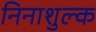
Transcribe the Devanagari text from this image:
निनाशुल्क